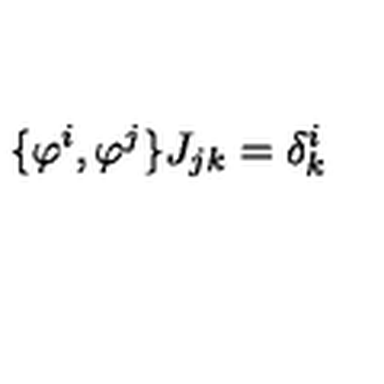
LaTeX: \{ \varphi ^ { i } , \varphi ^ { j } \} J _ { j k } = \delta _ { k } ^ { i }